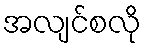
အလျင်စလို